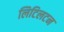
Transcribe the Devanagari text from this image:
लिटिलटन